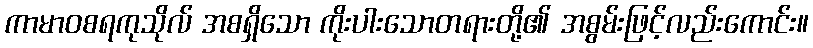
ကာမာဝစရကုသိုလ် အစရှိသော ကိုးပါးသောတရားတို့၏ အစွမ်းဖြင့်လည်းကောင်း။